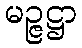
မဉ္ဇဋ္ဌာ